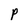
Character: P